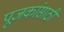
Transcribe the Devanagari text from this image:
पूजकांसाठी